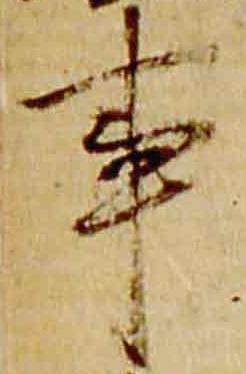
事